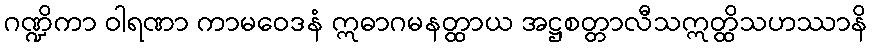
ဂဏ္ဍိကာ ဝါရဏာ ကာမဝေဒနံ ဣဓာဂမနတ္ထာယ အဋ္ဌစတ္တာလီသဣတ္ထိသဟဿာနိ